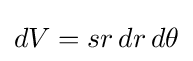
dV=sr\,dr\,d\theta